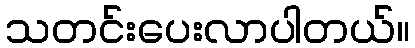
သတင်းပေးလာပါတယ်။